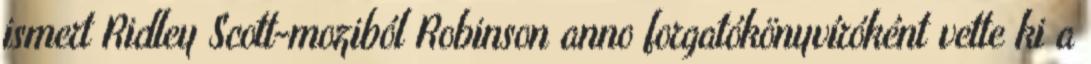
ismert Ridley Scott-moziból Robinson anno forgatókönyvíróként vette ki a